Annual report on the Civil Veterinary Department, Burma (including the Insein Veterinary School) - 1910-1922
Year: 1910
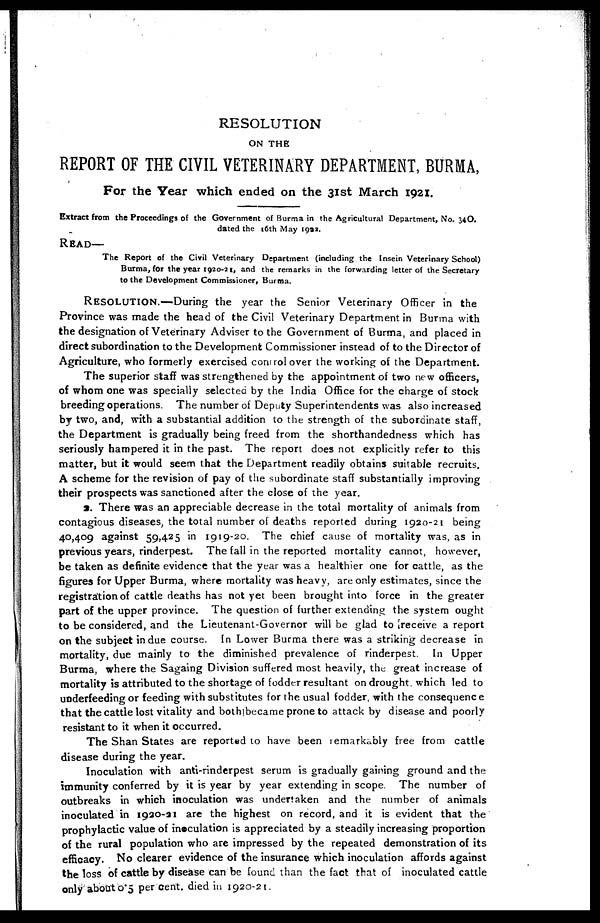
RESOLUTION
ON THE
REPORT OF THE CIVIL VETERINARY DEPARTMENT, BURMA,
For the Year which ended on the 31st March 1921.
Extract from the Proceedings of the Government of Burma in the Agricultural Department, No. 34O.
dated the 16th May 1922.
READ—
The Report of the Civil Veterinary Department (including the Insein Veterinary School)
Burma, for the year 1920-21, and the remarks in the forwarding letter of the Secretary
to the Development Commissioner, Burma.
RESOLUTION.—During the year the Senior Veterinary Officer in the
Province was made the head of the Civil Veterinary Department in Burma with
the designation of Veterinary Adviser to the Government of Burma, and placed in
direct subordination to the Development Commissioner instead of to the Director of
Agriculture, who formerly exercised control over the working of the Department.
The superior staff was strengthened by the appointment of two new officers,
of whom one was specially selected by the India Office for the charge of stock
breeding operations. The number of Deputy Superintendents was also increased
by two, and, with a substantial addition to the strength of the subordinate staff,
the Department is gradually being freed from the shorthandedness which has
seriously hampered it in the past. The report does not explicitly refer to this
matter, but it would seem that the Department readily obtains suitable recruits.
A scheme for the revision of pay of the subordinate staff substantially improving
their prospects was sanctioned after the close of the year.
a. There was an appreciable decrease in the total mortality of animals from
contagious diseases, the total number of deaths reported during 1920-21 being
40,409 against 59,425 in 1919-20. The chief cause of mortality was, as in
previous years, rinderpest. The fall in the reported mortality cannot, however,
be taken as definite evidence that the year was a healthier one for cattle, as the
figures for Upper Burma, where mortality was heavy, are only estimates, since the
registration of cattle deaths has not yet been brought into force in the greater
part of the upper province. The question of further extending the system ought
to be considered, and the Lieutenant-Governor will be glad to receive a report
on the subject indue course. In Lower Burma there was a striking decrease in
mortality, due mainly to the diminished prevalence of rinderpest. In Upper
Burma, where the Sagaing Division suffered most heavily, the great increase of
mortality is attributed to the shortage of fodder resultant on drought which led to
underfeeding or feeding with substitutes for the usual fodder, with the consequence
that the cattle lost vitality and both became prone to attack by disease and poorly
resistant to it when it occurred.
The Shan States are reported to have been remarkably free from cattle
disease during the year.
Inoculation with anti-rinderpest serum is gradually gaining ground and the
immunity conferred by it is year by year extending in scope. The number of
outbreaks in which inoculation was undertaken and the number of animals
inoculated in 1920-21 are the highest on record, and it is evident that the
prophylactic value of inoculation is appreciated by a steadily increasing proportion
of the rural population who are impressed by the repeated demonstration of its
efficacy. No clearer evidence of the insurance which inoculation affords against
the loss of cattle by disease can be found than the fact that of inoculated cattle
only about 0.5 per cent. died in 1920-21.